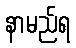
နာမည်ရ